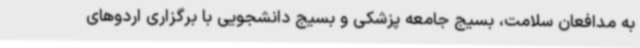
به مدافعان سلامت، بسیج جامعه پزشکی و بسیج دانشجویی با برگزاری اردوهای